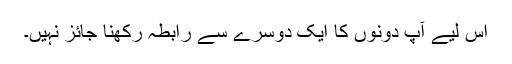
اس لیے آپ دونوں‌ کا ایک دوسرے سے رابطہ رکھنا جائز نہیں۔